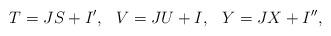
LaTeX: \begin{align*}T=JS+I',\hspace{3mm}V=JU+I,\hspace{3mm}Y=JX+I'',\end{align*}